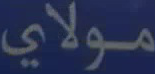
مولاي